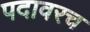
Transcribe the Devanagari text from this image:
पदावरच